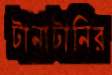
টানাটানির